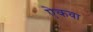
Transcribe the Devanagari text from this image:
ऐकवा